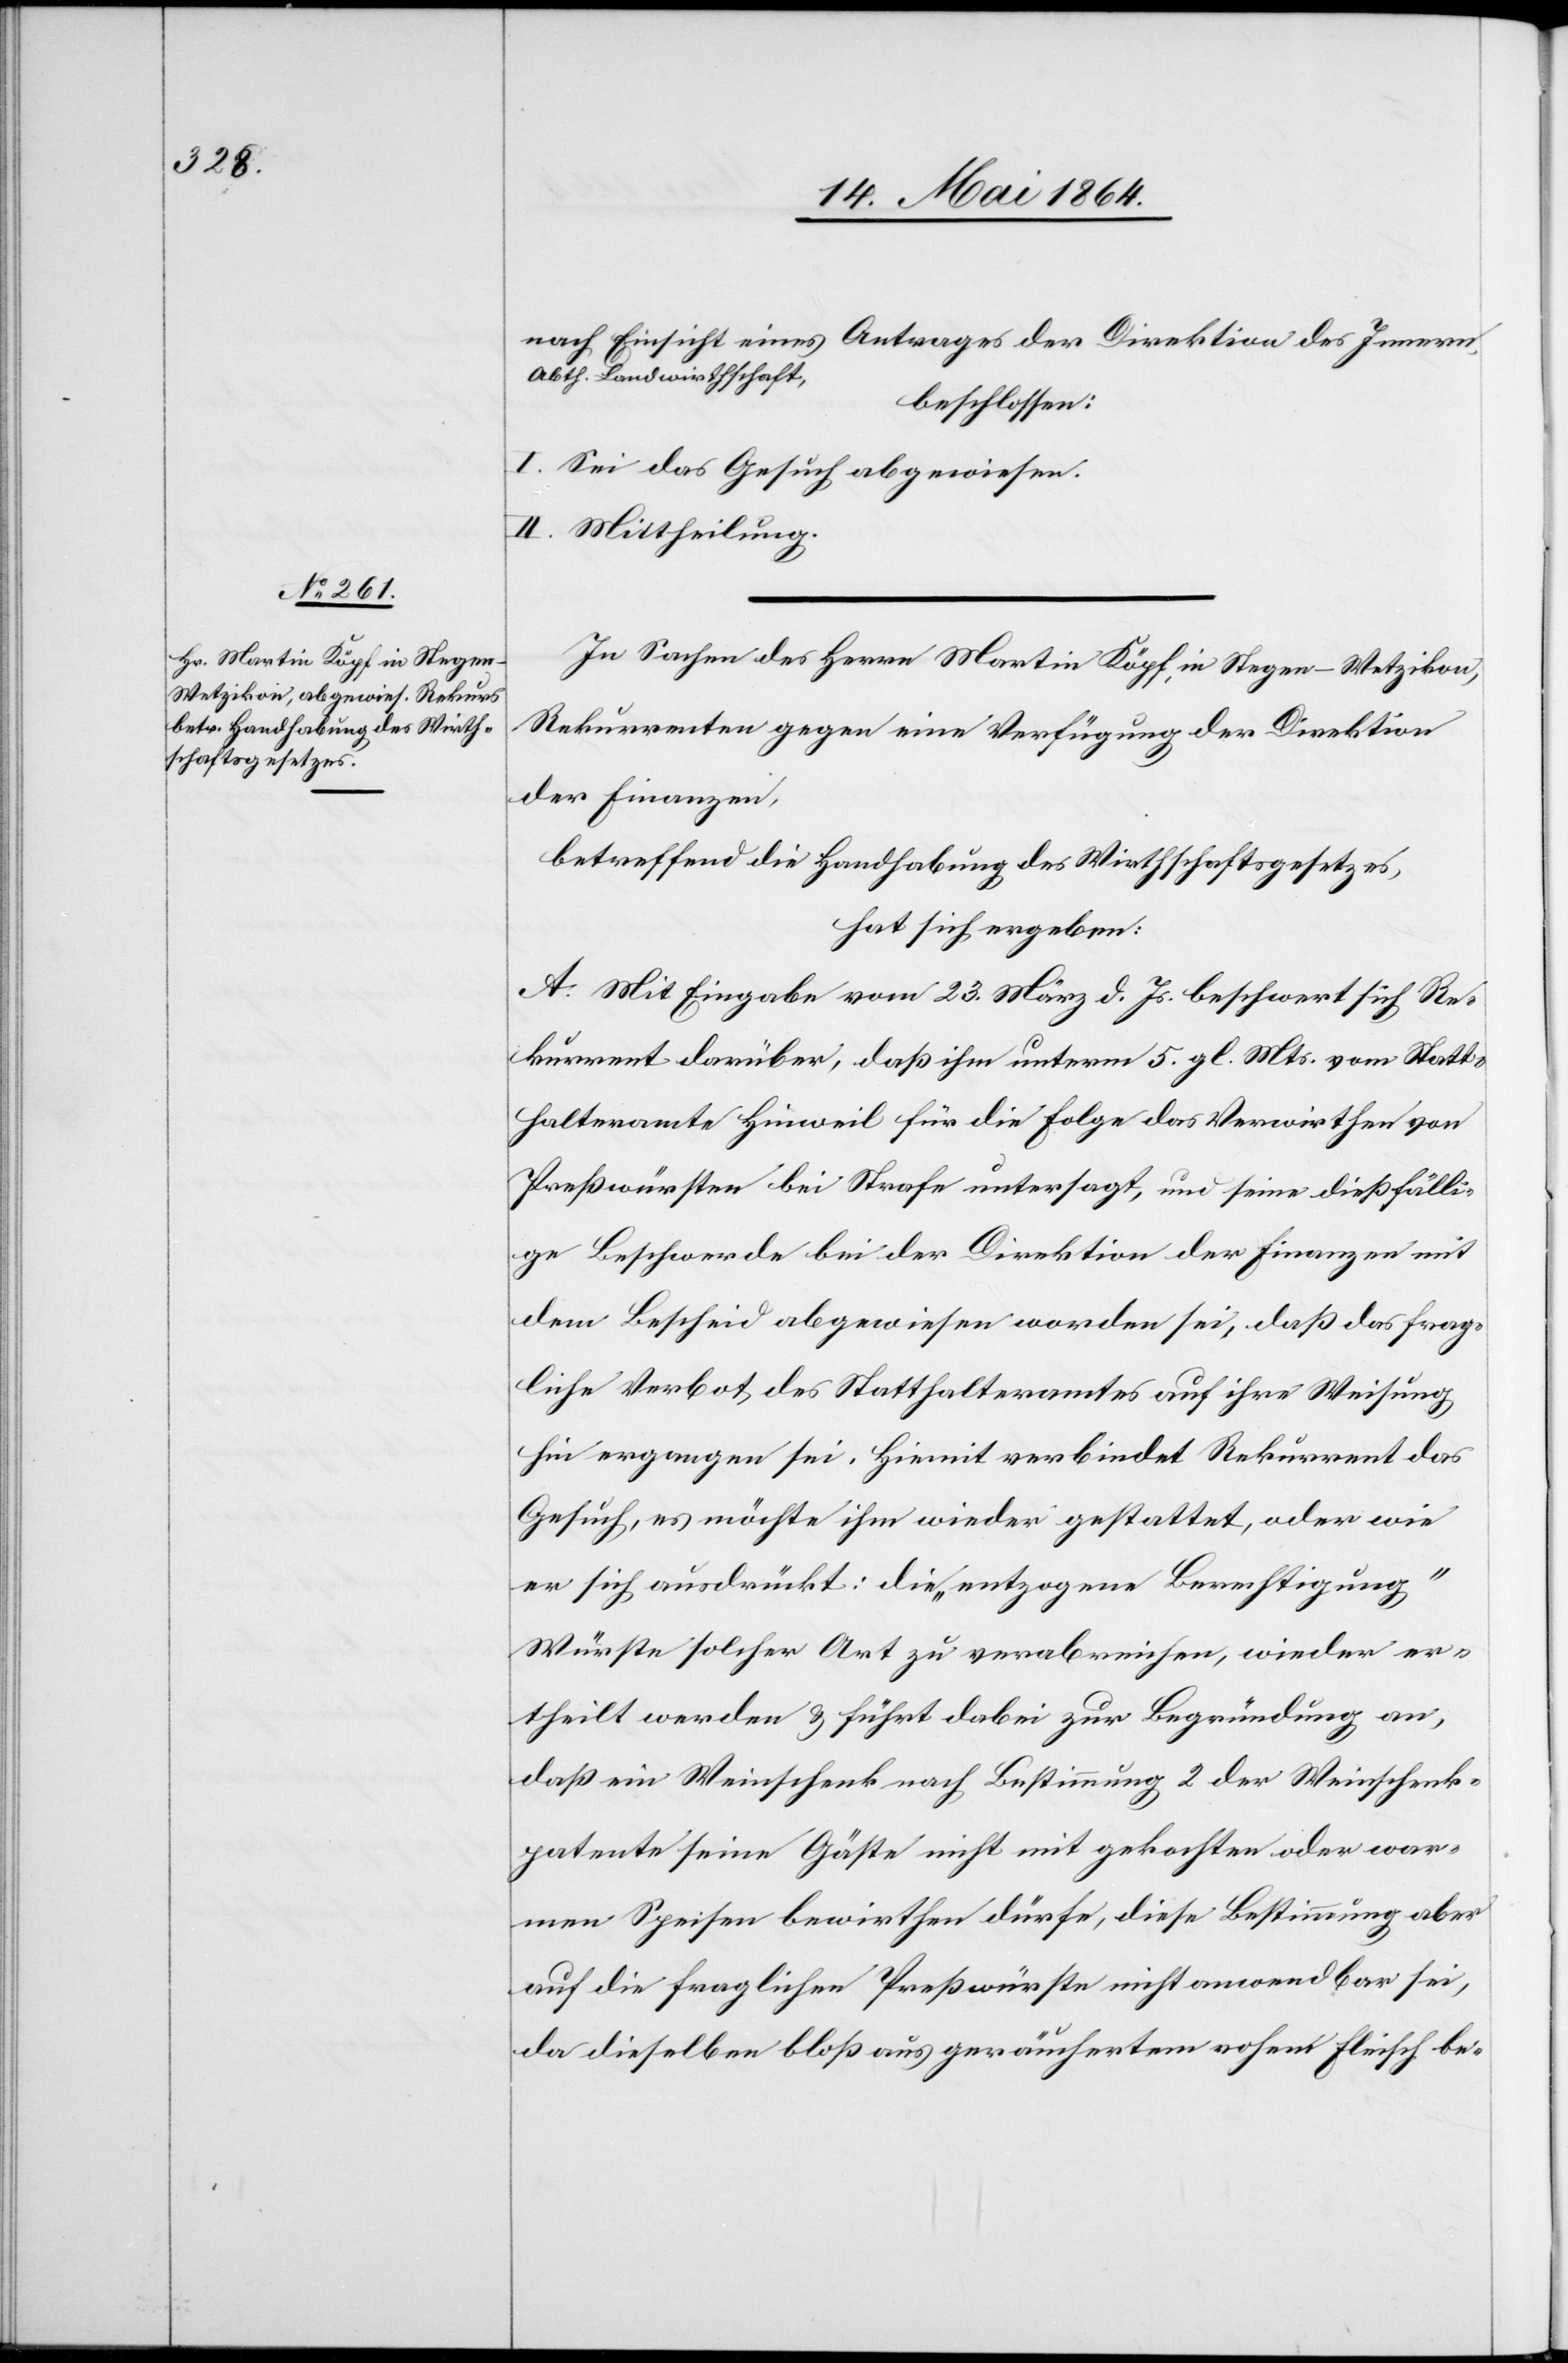
nach Einsicht eines Antrages der Direktion des Innern,
Abth. Landwirthschaft,
beschlossen:
I. Sei das Gesuch abgewiesen.
II. Mittheilung.
In Sachen des Herrn Martin Köpf, in Stegen – Wetzikon,
Rekurrenten gegen eine Verfügung der Direktion
der Finanzen,
betreffend die Handhabung des Wirthschaftsgesetzes,
hat sich ergeben:
A. Mit Eingabe vom 23. März d. Js. beschwert sich Re¬
kurrent darüber, daß ihm unterm 5. gl. Mts. vom Statt¬
halteramte Hinweil für die Folge das Verwirthen von
Preßwürsten bei Strafe untersagt, und seine dießfälli¬
ge Beschwerde bei der Direktion der Finanzen mit
dem Bescheid abgewiesen worden sei, daß das frag¬
liche Verbot des Statthalteramtes auf ihre Weisung
hin ergangen sei. Hiemit verbindet Rekurrent das
Gesuch, es möchte ihm wieder gestattet, oder wie
er sich ausdrückt: die „entzogene Berechtigung“
Würste solcher Art zu verabreichen, wieder er¬
theilt werden u. führt dabei zur Begründung an,
daß ein Weinschenk nach Bestimmung 2 der Weinschenk¬
patente seine Gäste nicht mit gekochten oder war¬
men Speisen bewirthen dürfe, diese Bestimmung aber
auf die fraglichen Preßwürste nicht anwendbar sei,
da dieselben bloß aus geräuchertem rohem Fleisch be-